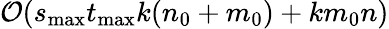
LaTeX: \mathcal{O}(s_{\mathrm{{max}}}t_{\mathrm{{max}}}k(n_{0}+m_{0})+km_{0}n)